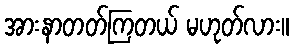
အားနာတတ်ကြတယ် မဟုတ်လား။